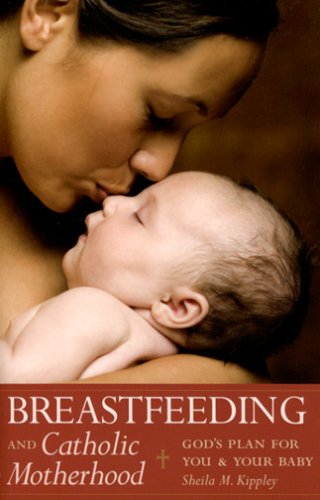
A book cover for Breastfeeding and Catholic Motherhood: God's Plan for You and Your Baby; Sheila Kippley; Christian Books & Bibles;